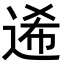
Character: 𨓇